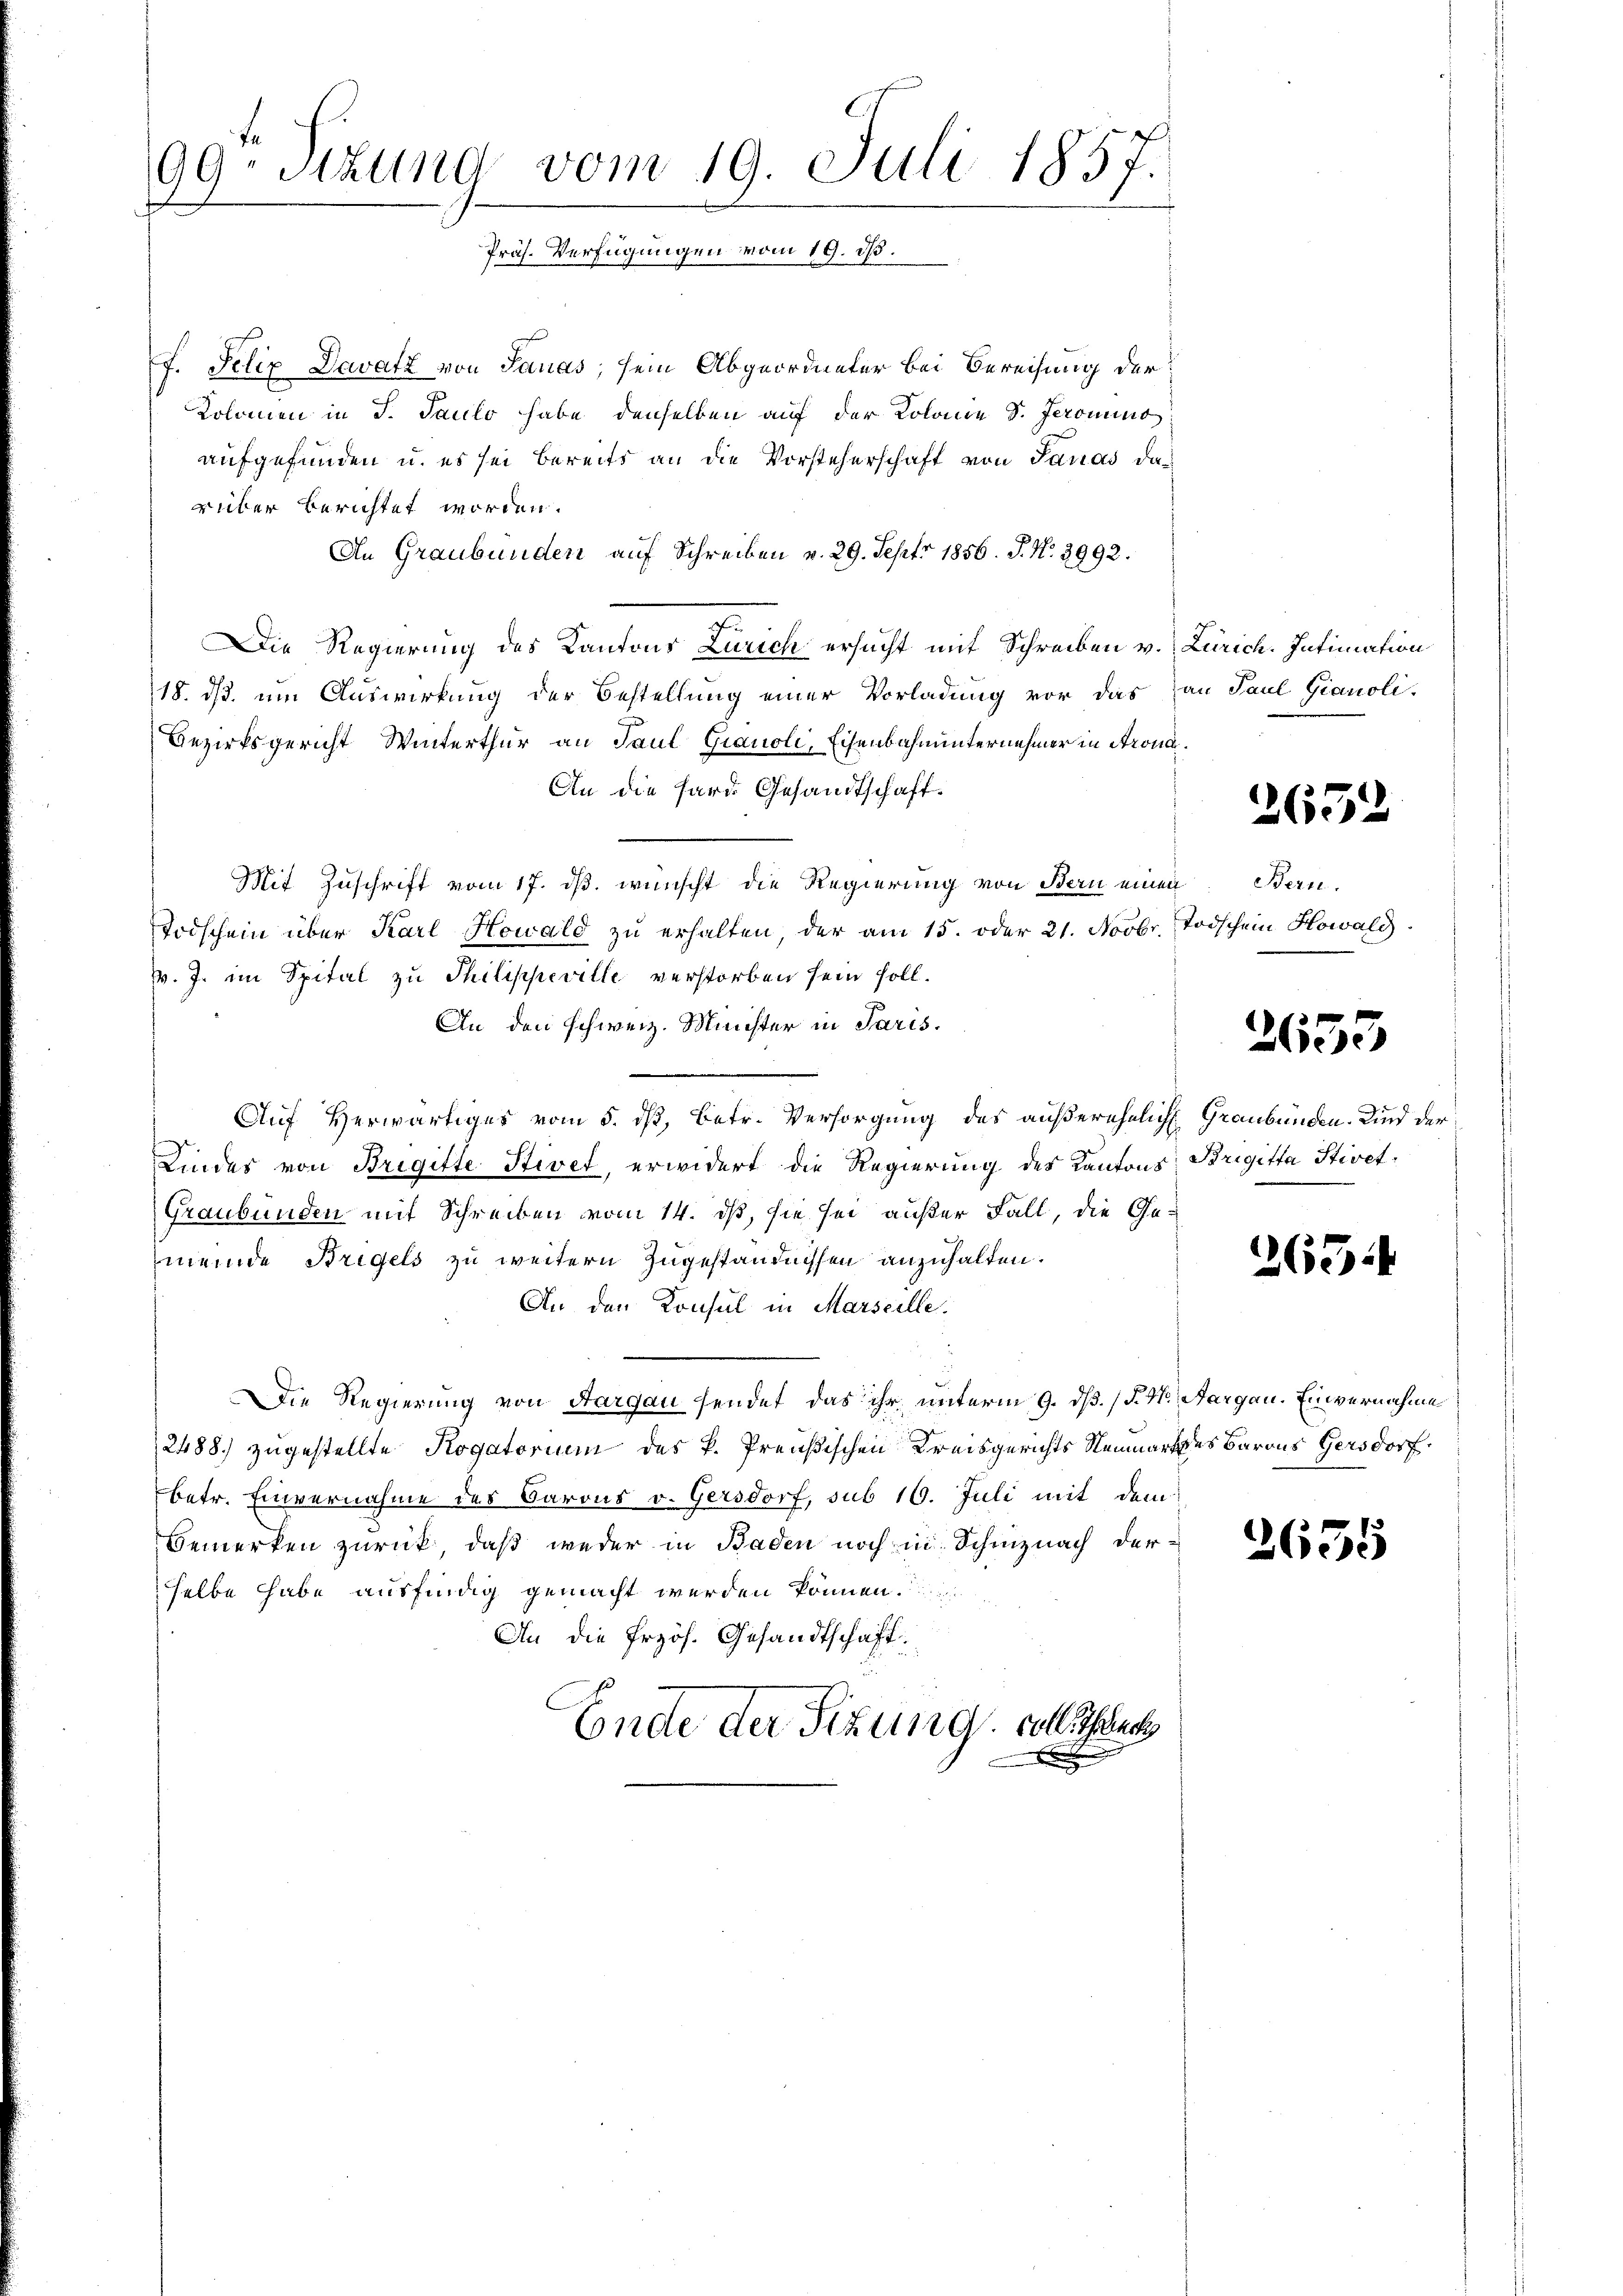
99. Sekund vom 19. Juli 1857.
Präs. Verfügungen vom 19. ds.

f. Felix Davatz von Sanas, sein Abgeordneter bei Bereifung der
Kolomen in P. Paulo habe denselben auf der Kolonie S. feroning
aufgefunden u. es sei bereits an die Vorsteherschaft von Sanas das
rüber berichtet worden.
An Graubünden auf Schreiben v. 29. Sept. 1856. J. N. 2992.
Die Regierung des Kantons Zürich ersucht mit Schreiben v. Zürich. Intimation
18. ds. um Auswirkung der Bestellung einer Vorladung vor das an Paul Gianoli-
Bezirksgericht Winterthur an Paul Gianoli, Eisenbahnunternehmer in Strona¬
An die Hard Gesandtschaft.
Mit Zuschrift vom 17. ds. wünscht die Regierung von Bern einen
Todschein über Karl Howald zu erhalten, der am 15. oder 21. Novbr. Todschein Howald
v. J. im Spital zu Thilippeville verstorben sein soll.
An den schweiz. Minister in Paris.
Auf Herwärtiges vom 5. dß, betr. Versorgung des außerehelich Graubünden. Kind der
g
Kindes von Brigitte Stivet, erwidert die Regierung des Kantons Brigitta Stiret.
Graubünden mit Schreiben vom 14. ds, sie sei außer Fall, die Ge-
meinde Bregels zu weitern Zugeständnissen anzuhalten.
An den Konsul in Marseille.
Die Regierung von Aargau sendet das ihr unterm 9. dß. /. M. Aargau. Einvernahme
2488) zugestellte Rogatorium des k. Preußischen Kreisgerichts Neumarkes Barons Gersdorf,
betr. Einvernahme des Barons v. Gersdorf, sub 16. Juli mit dem
Bemerken zurück, daß weder in Baden noch in Schinznach der
selbe habe ausfindig gemacht werden können.
An die Erzös. Gesandtschaft,
Ende der Sitzung soll un
x

2652

Bern.

2653

265

2635